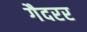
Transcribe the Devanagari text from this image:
गैदरर